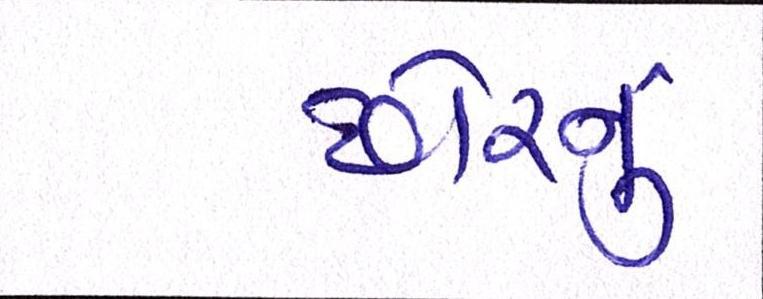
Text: ઢોરનું